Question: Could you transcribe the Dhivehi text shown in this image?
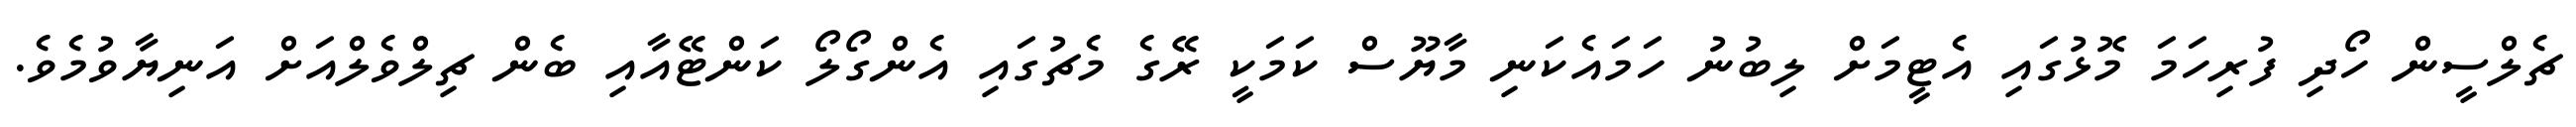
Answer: ޗެލްސީން ހޯދި ފުރިހަމަ މޮޅުގައި އެޓީމަށް ލިބުނު ހަމައެކަނި މާޔޫސް ކަމަކީ ރޭގެ މެޗުގައި އެންގޯލޯ ކަންޓޭއާއި ބެން ޗިލްވެލްއަށް އަނިޔާވުމެވެ.